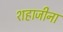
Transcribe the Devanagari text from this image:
शहाजीना